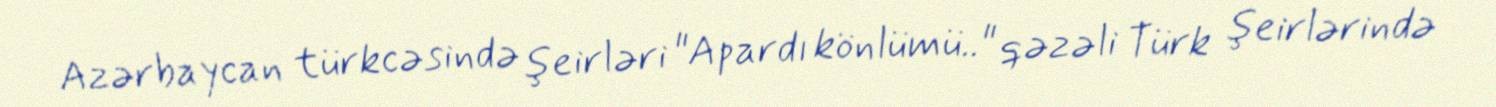
Azərbaycan türkcəsində şeirləri "Apardı könlümü.." qəzəli Türk şeirlərində